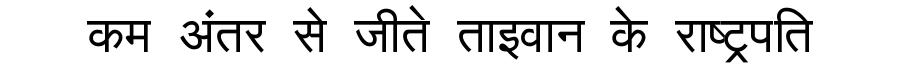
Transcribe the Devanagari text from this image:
कम अंतर से जीते ताइवान के राष्ट्रपति